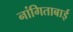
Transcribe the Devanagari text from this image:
नांगिताबाई